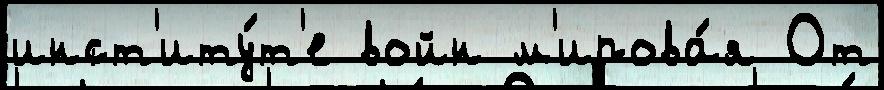
инст'иту́т'е войн м'ирова́я От